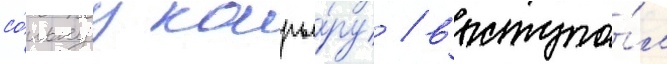
со́льнуу карье́ру / выступа́л